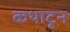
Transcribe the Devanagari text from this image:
कथाटून